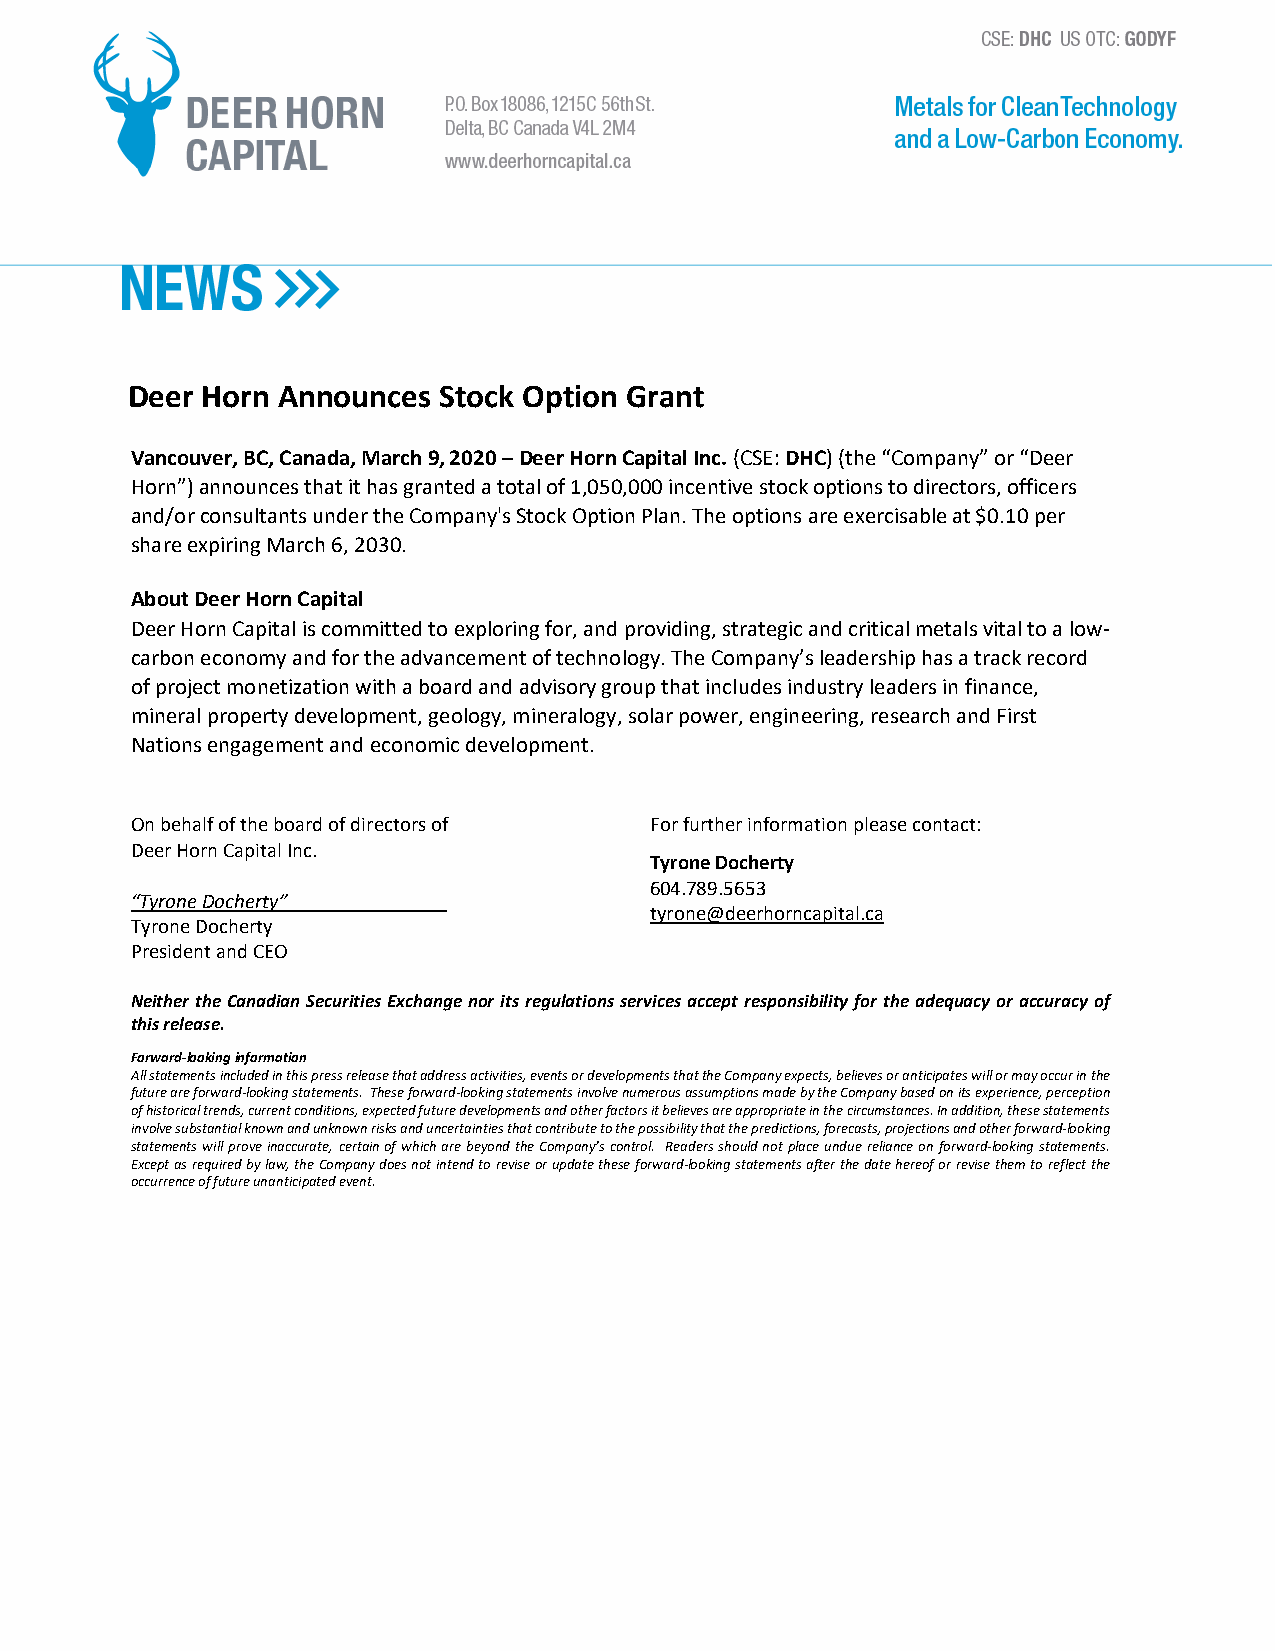
Deer Horn Announces  Stock Option Grant
 Vancouver, BC, Canada, March 9, 2020 – Deer Horn Capital Inc. (CSE: DHC) (the “Company” or “Deer
 Horn”) announces that it has granted a total of 1,050,000 incentive stock options to directors, officers
 and/or consultants under the Company's Stock Option Plan. The options are exercisable at $0.10 per
 share expiring March 6, 2030.
 About Deer Horn Capital
 Deer Horn Capital is committed to exploring for, and providing, strategic and critical metals vital to a low-
 carbon economy and for the advancement of technology. The Company’s leadership has a track record
 of project monetization with a board and advisory group that includes industry leaders in finance,
 mineral property development, geology, mineralogy, solar power, engineering, research and First
 Nations engagement and economic development.
 On behalf of the board of directors of For further information please contact:
 Deer Horn Capital Inc.
 Tyrone Docherty
 604.789.5653
 “Tyrone Docherty”
 tyrone@deerhorncapital.ca
 Tyrone Docherty
 President and CEO
 Neither the Canadian Securities Exchange nor its regulations services accept responsibility for the adequacy or accuracy of
 this release.
 Forward-looking information
 All statements included in this press release that address activities, events or developments that the Company expects, believes or anticipates will or may occur in the
 future are forward-looking statements. These forward-looking statements involve numerous assumptions made by the Company based on its experience, perception
 of historical trends, current conditions, expected future developments and other factors it believes are appropriate in the circumstances. In addition, these statements
 involve substantial known and unknown risks and uncertainties that contribute to the possibility that the predictions, forecasts, projections and other forward-looking
 statements will prove inaccurate, certain of which are beyond the Company’s control. Readers should not place undue reliance on forward-looking statements.
 Except as required by law, the Company does not intend to revise or update these forward-looking statements after the date hereof or revise them to reflect the
 occurrence of future unanticipated event.